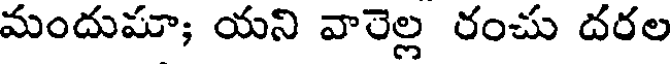
మందుమా; యని వారెల్ల రంచు దరల